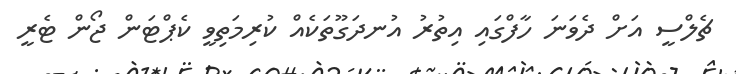
ޗެލްސީ އަށް ދެވަނަ ހާފްގައި އިތުރު އުނދަގޫތަކެއް ކުރިމަތިވީ ކެޕްޓަން ޖޯން ޓެރީ